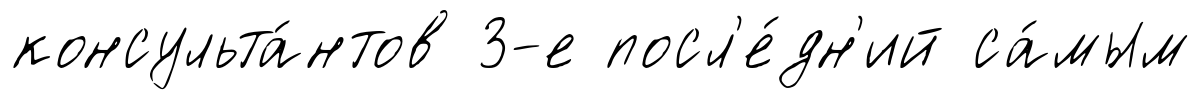
консульта́нтов 3-е посл'е́дн'ий са́мым